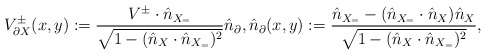
\begin{align*}V^\pm_{\partial X}(x,y) := \frac{V^\pm \cdot \hat n_{X_=}}{\sqrt{1-(\hat n_X \cdot \hat n_{X_=})^2}} \hat n_\partial, \hat n_\partial(x,y) :=\frac{\hat n_{X_=} - (\hat n_{X_=} \cdot \hat n_X) \hat n_X}{\sqrt{1 - (\hat n_X \cdot \hat n_{X_=})^2}},\end{align*}